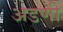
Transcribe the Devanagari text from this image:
अडणी